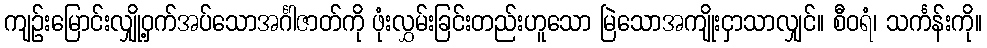
ကျဉ်းမြောင်းလျှို့ဝှက်အပ်သောအင်္ဂါဇာတ်ကို ဖုံးလွှမ်းခြင်းတည်းဟူသော မြဲသောအကျိုးငှာသာလျှင်။ စီဝရံ၊ သင်္ကန်းကို။